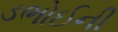
ડભોઈની